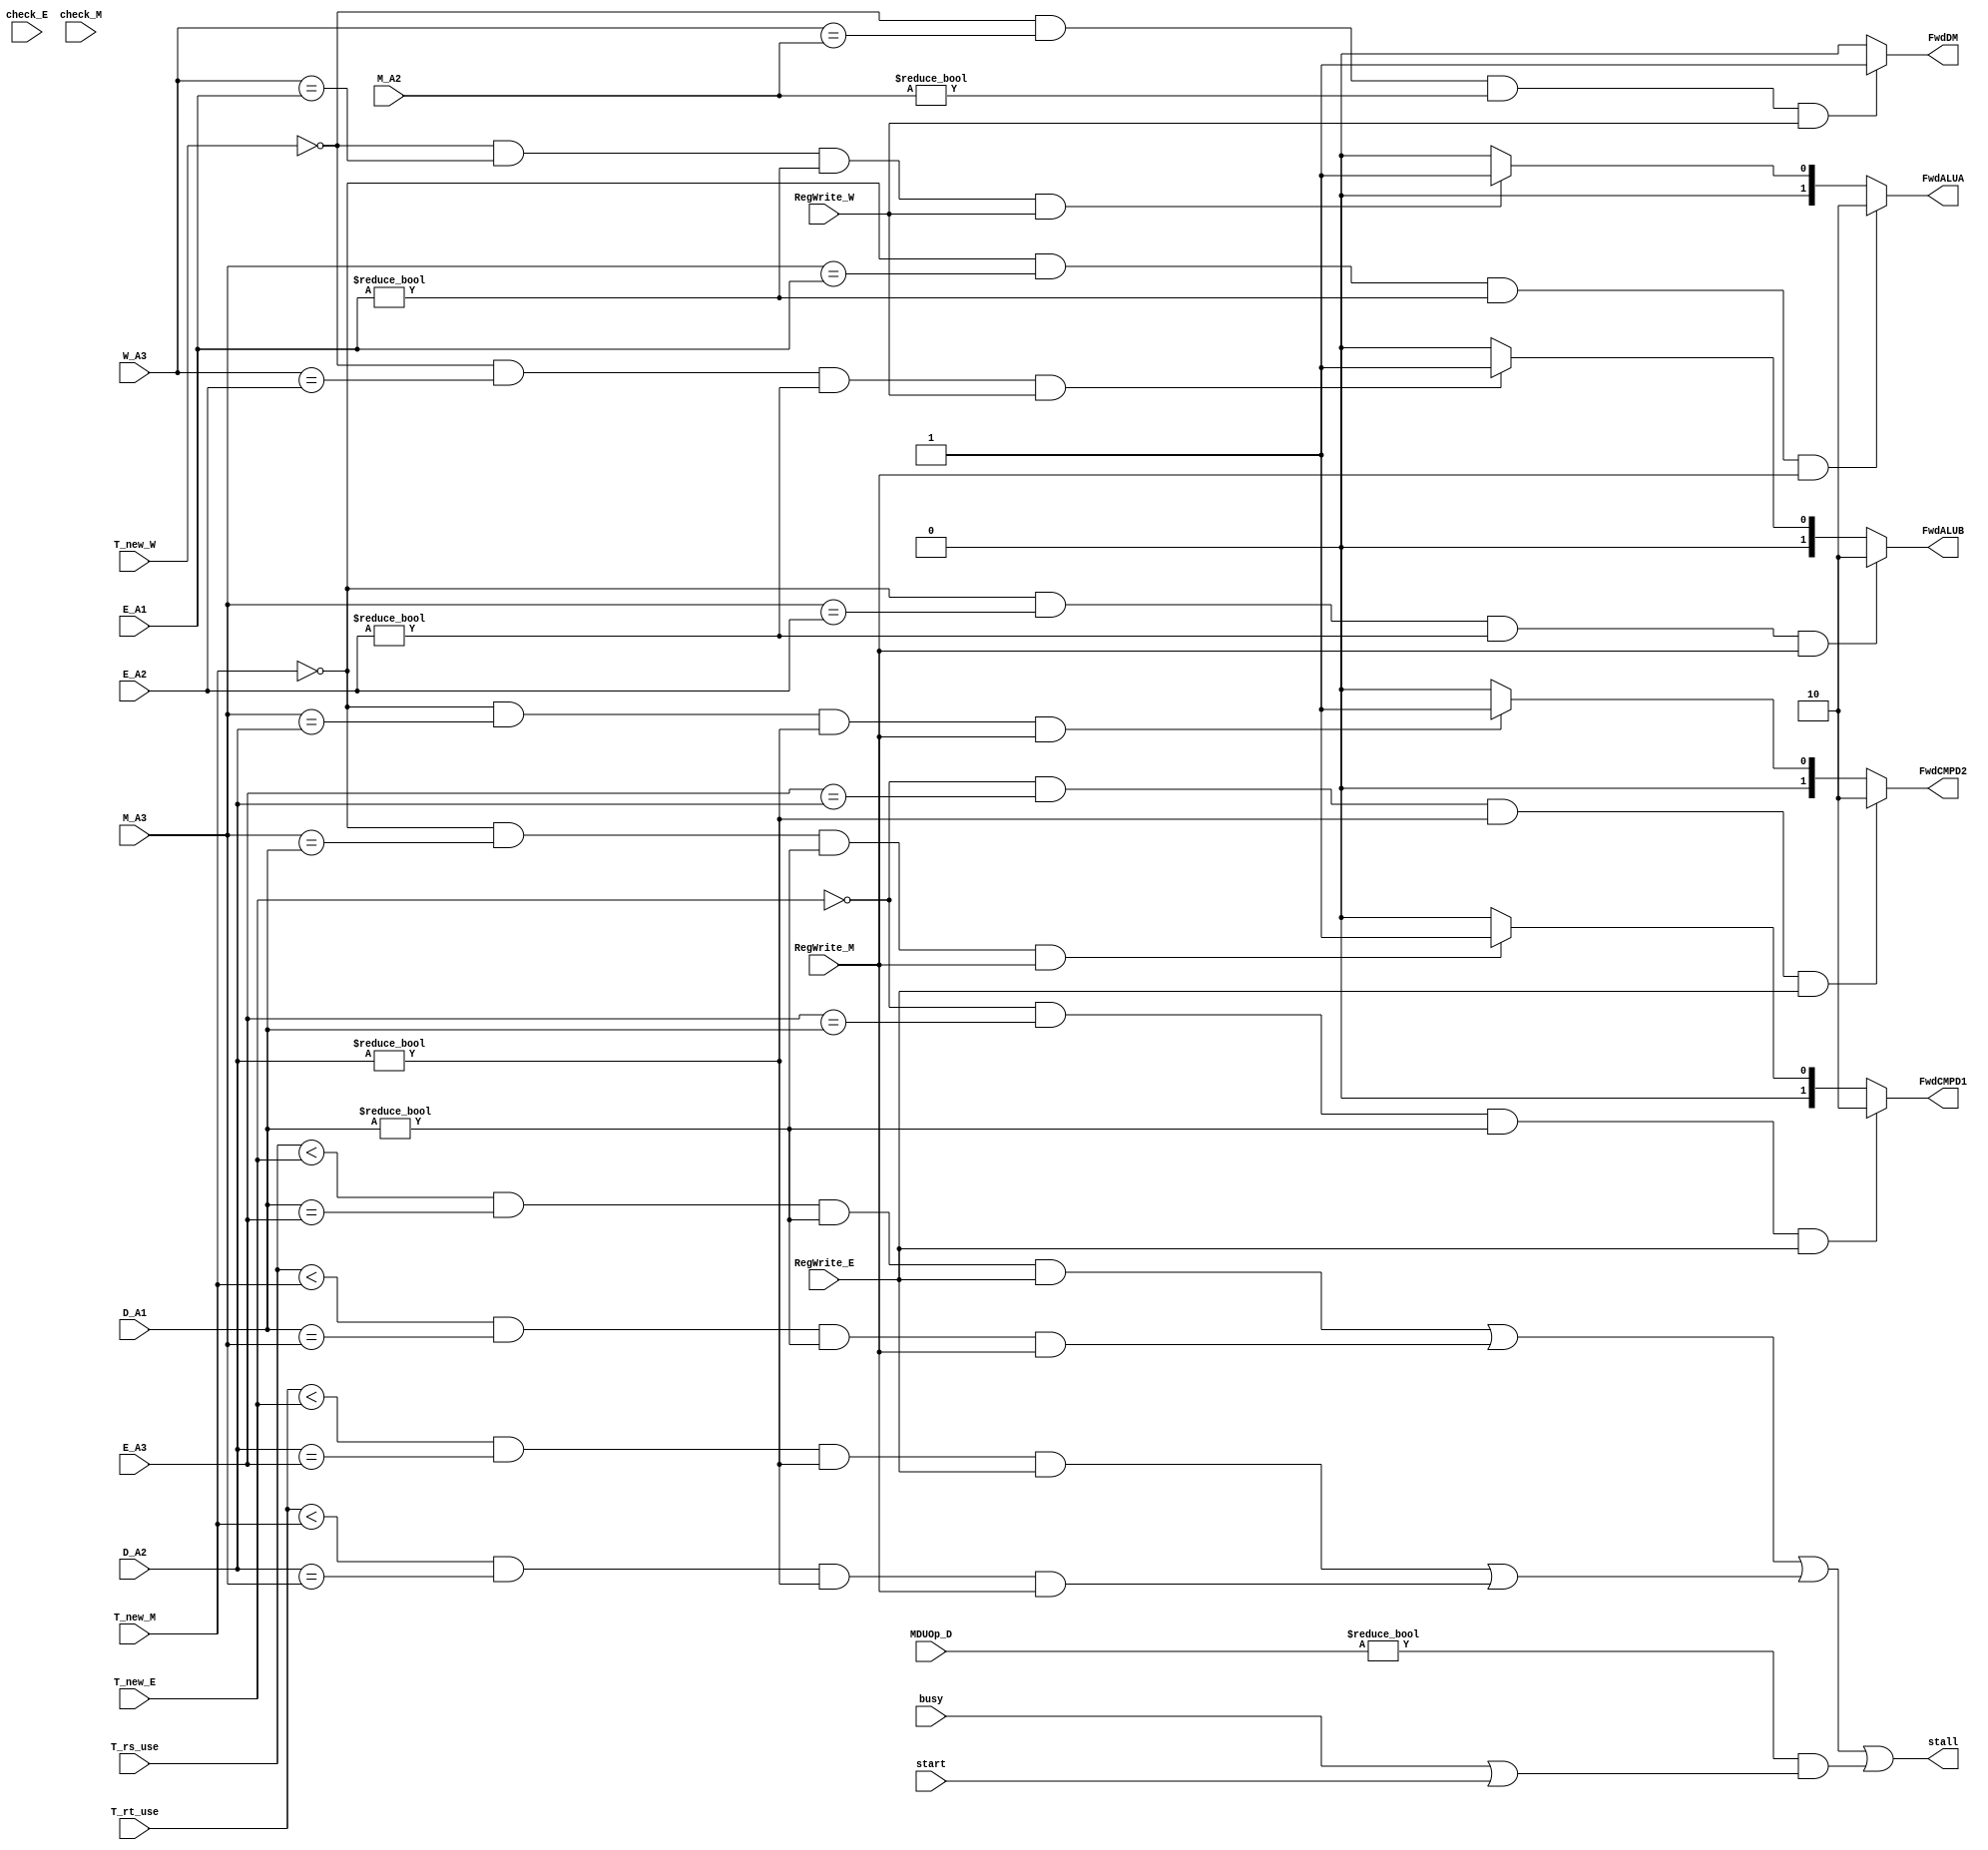
`timescale 1ns / 1ps
//////////////////////////////////////////////////////////////////////////////////
// Company: 
// Engineer: 
// 
// Design Name: 
// Module Name:    HCU 
// Project Name: 
// Target Devices: 
// Tool versions: 
// Description: 
//
// Dependencies: 
//
// Revision: 
// Revision 0.01 - File Created
// Additional Comments: 
//
//////////////////////////////////////////////////////////////////////////////////
// 
module HCU(
input wire [4:0] D_A1,
input wire [4:0] D_A2,
input wire [4:0] E_A1,
input wire [4:0] E_A2,
input wire [4:0] E_A3,
input check_E,  // class extend 
input wire [4:0] M_A2,
input wire [4:0] M_A3,
input check_M,  // class extend
input wire [4:0] W_A3,
input wire RegWrite_E,
input wire RegWrite_M,
input wire RegWrite_W,
input wire [1:0] T_rs_use,
input wire [1:0] T_rt_use,
input wire [1:0] T_new_E,
input wire [1:0] T_new_M,
input wire [1:0] T_new_W,
input wire [3:0] MDUOp_D,
input wire start,
input wire busy,
output wire [1:0] FwdCMPD1,
output wire [1:0] FwdCMPD2,
output wire [1:0] FwdALUA,
output wire [1:0] FwdALUB,
output wire FwdDM,
output wire stall
     );
//stall
wire stall_rs_e = (T_rs_use < T_new_E)&&(D_A1 == E_A3)&&(D_A1 != 5'b0)&&(RegWrite_E);
wire stall_rs_m = (T_rs_use < T_new_M)&&(D_A1 == M_A3)&&(D_A1 != 5'b0)&&(RegWrite_M);
wire stall_rs = stall_rs_e | stall_rs_m ;
wire stall_rt_e = (T_rt_use < T_new_E)&&(D_A2 == E_A3)&&(D_A2 != 5'b0)&&(RegWrite_E);
wire stall_rt_m = (T_rt_use < T_new_M)&&(D_A2 == M_A3)&&(D_A2 != 5'b0)&&(RegWrite_M);
wire stall_rt = stall_rt_e | stall_rt_m ;
wire stall_mdu = (MDUOp_D != 4'b0000)&&(busy | start);
assign stall = stall_rs | stall_rt | stall_mdu;
//forward
assign FwdCMPD1 = (T_new_E == 2'b00)&&(E_A3 == D_A1)&&(D_A1 != 5'b0)&&(RegWrite_E) ? 2'b10 :
						(T_new_M == 2'b00)&&(M_A3 == D_A1)&&(D_A1 != 5'b0)&&(RegWrite_M) ? 2'b01 :
						2'b00;
assign FwdCMPD2 = (T_new_E == 2'b00)&&(E_A3 == D_A2)&&(D_A2 != 5'b0)&&(RegWrite_E) ? 2'b10 :
						(T_new_M == 2'b00)&&(M_A3 == D_A2)&&(D_A2 != 5'b0)&&(RegWrite_M) ? 2'b01 :
						2'b00;
assign FwdALUA = (T_new_M == 2'b00)&&(M_A3 == E_A1)&&(E_A1 != 5'b0)&&(RegWrite_M) ? 2'b10 :
					  (T_new_W == 2'b00)&&(W_A3 == E_A1)&&(E_A1 != 5'b0)&&(RegWrite_W) ? 2'b01 :
					   2'b00;
assign FwdALUB = (T_new_M == 2'b00)&&(M_A3 == E_A2)&&(E_A2 != 5'b0)&&(RegWrite_M) ? 2'b10 :
					  (T_new_W == 2'b00)&&(W_A3 == E_A2)&&(E_A2 != 5'b0)&&(RegWrite_W) ? 2'b01 :
					   2'b00;
assign FwdDM = (T_new_W == 2'b00)&&(W_A3 == M_A2)&&(M_A2 != 5'b0)&&(RegWrite_W) ? 1'b1 : 1'b0;
endmodule